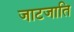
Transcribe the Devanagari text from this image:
जाटजाति